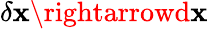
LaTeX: \delta\mathbf{x}\rightarrowd\mathbf{x}